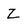
Character: z